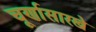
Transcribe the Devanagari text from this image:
चूर्णासारखे